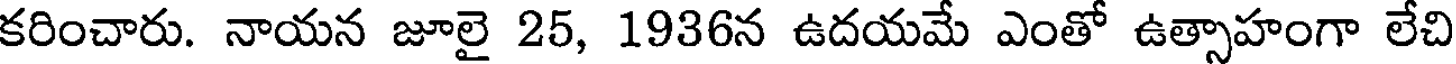
కరించారు. నాయన జూలై 25, 1936న ఉదయమే ఎంతో ఉత్సాహంగా లేచి